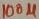
Text: 100µ